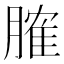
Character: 𦞦